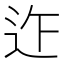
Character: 𨑶